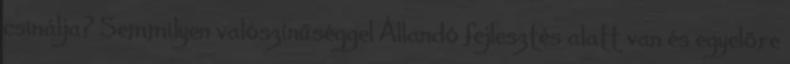
csinálja? Semmilyen valószínűséggel Állandó fejlesztés alatt van és egyelőre